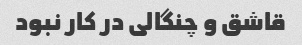
قاشق و چنگالی در کار نبود